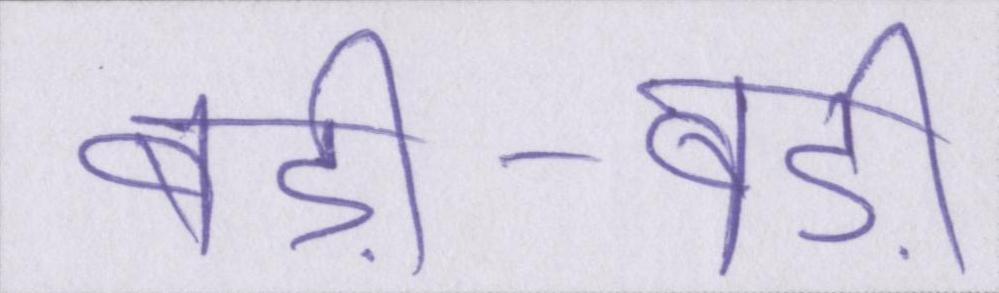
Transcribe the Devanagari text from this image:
बड़ी-बड़ी